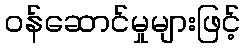
ဝန်ဆောင်မှုများဖြင့်